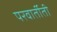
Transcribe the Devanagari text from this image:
परवार्तीती